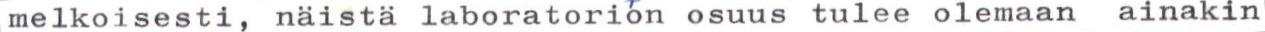
melkoisesti, näistä laboratorion osuus tulee olemaan ainakin